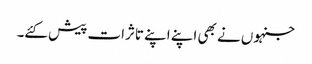
جنہوں نے بھی اپنے اپنے تاثرات پیش کئے۔